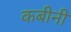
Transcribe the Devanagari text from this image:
कबीनी